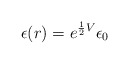
\begin{align*}\epsilon (r)=e^{{\frac{1}{2}}V}\epsilon _{0}\end{align*}